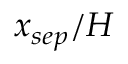
x _ { s e p } / H